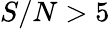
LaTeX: S/N>5